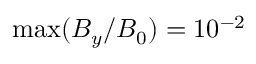
\operatorname* { m a x } ( B _ { y } / B _ { 0 } ) = 1 0 ^ { - 2 }